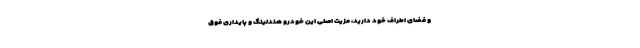
و فضای اطراف خود دارید، مزیت اصلی این خودرو هندلینگ و پایداری فوق